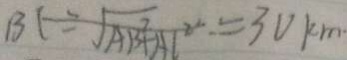
B C = \sqrt { A B ^ { 2 } + A C ^ { 2 } } = 3 0 k m